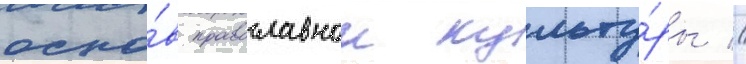
осно́в православнои культу́ры //